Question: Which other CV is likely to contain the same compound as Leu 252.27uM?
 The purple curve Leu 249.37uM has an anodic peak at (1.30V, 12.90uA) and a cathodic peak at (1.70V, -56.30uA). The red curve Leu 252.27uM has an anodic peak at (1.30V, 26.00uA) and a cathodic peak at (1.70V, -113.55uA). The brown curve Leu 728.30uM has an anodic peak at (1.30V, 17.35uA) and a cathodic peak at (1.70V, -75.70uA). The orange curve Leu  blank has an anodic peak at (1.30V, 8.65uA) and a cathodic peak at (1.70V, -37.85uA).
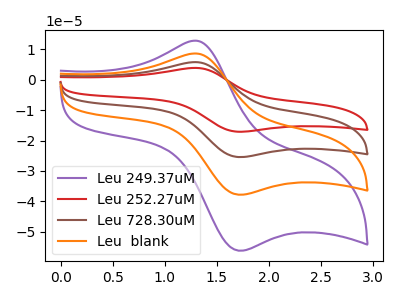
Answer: <think>All the peaks in "Leu 249.37uM" have a peak in "Leu 252.27uM" at the same potential. Every peak in "Leu 249.37uM" is lower than every peak in "Leu 252.27uM". All the peaks in "Leu 249.37uM" have a peak in "Leu 728.30uM" at the same potential. Every peak in "Leu 249.37uM" is lower than every peak in "Leu 728.30uM". All the peaks in "Leu 249.37uM" have a peak in "Leu  blank" at the same potential. Every peak in "Leu 249.37uM" is higher than every peak in "Leu  blank". All the peaks in "Leu 252.27uM" have a peak in "Leu 728.30uM" at the same potential. Every peak in "Leu 252.27uM" is higher than every peak in "Leu 728.30uM". All the peaks in "Leu 252.27uM" have a peak in "Leu  blank" at the same potential. Every peak in "Leu 252.27uM" is higher than every peak in "Leu  blank". All the peaks in "Leu 728.30uM" have a peak in "Leu  blank" at the same potential. Every peak in "Leu 728.30uM" is higher than every peak in "Leu  blank".
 </think>
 <answer>"Leu 252.27uM", "Leu 728.30uM" and "Leu  blank" have a similar shape to "Leu 249.37uM".</answer>
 <eval>"Leu 252.27uM" "Leu 728.30uM" "Leu  blank"</eval>